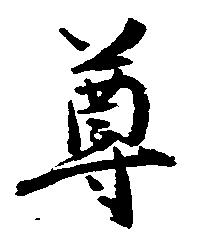
尊